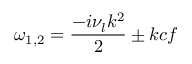
\omega _ { 1 , 2 } = \frac { - i \nu _ { l } k ^ { 2 } } { 2 } \pm k c f